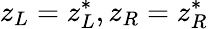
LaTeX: z_{L}=z_{L}^{*},z_{R}=z_{R}^{*}